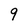
Character: 9